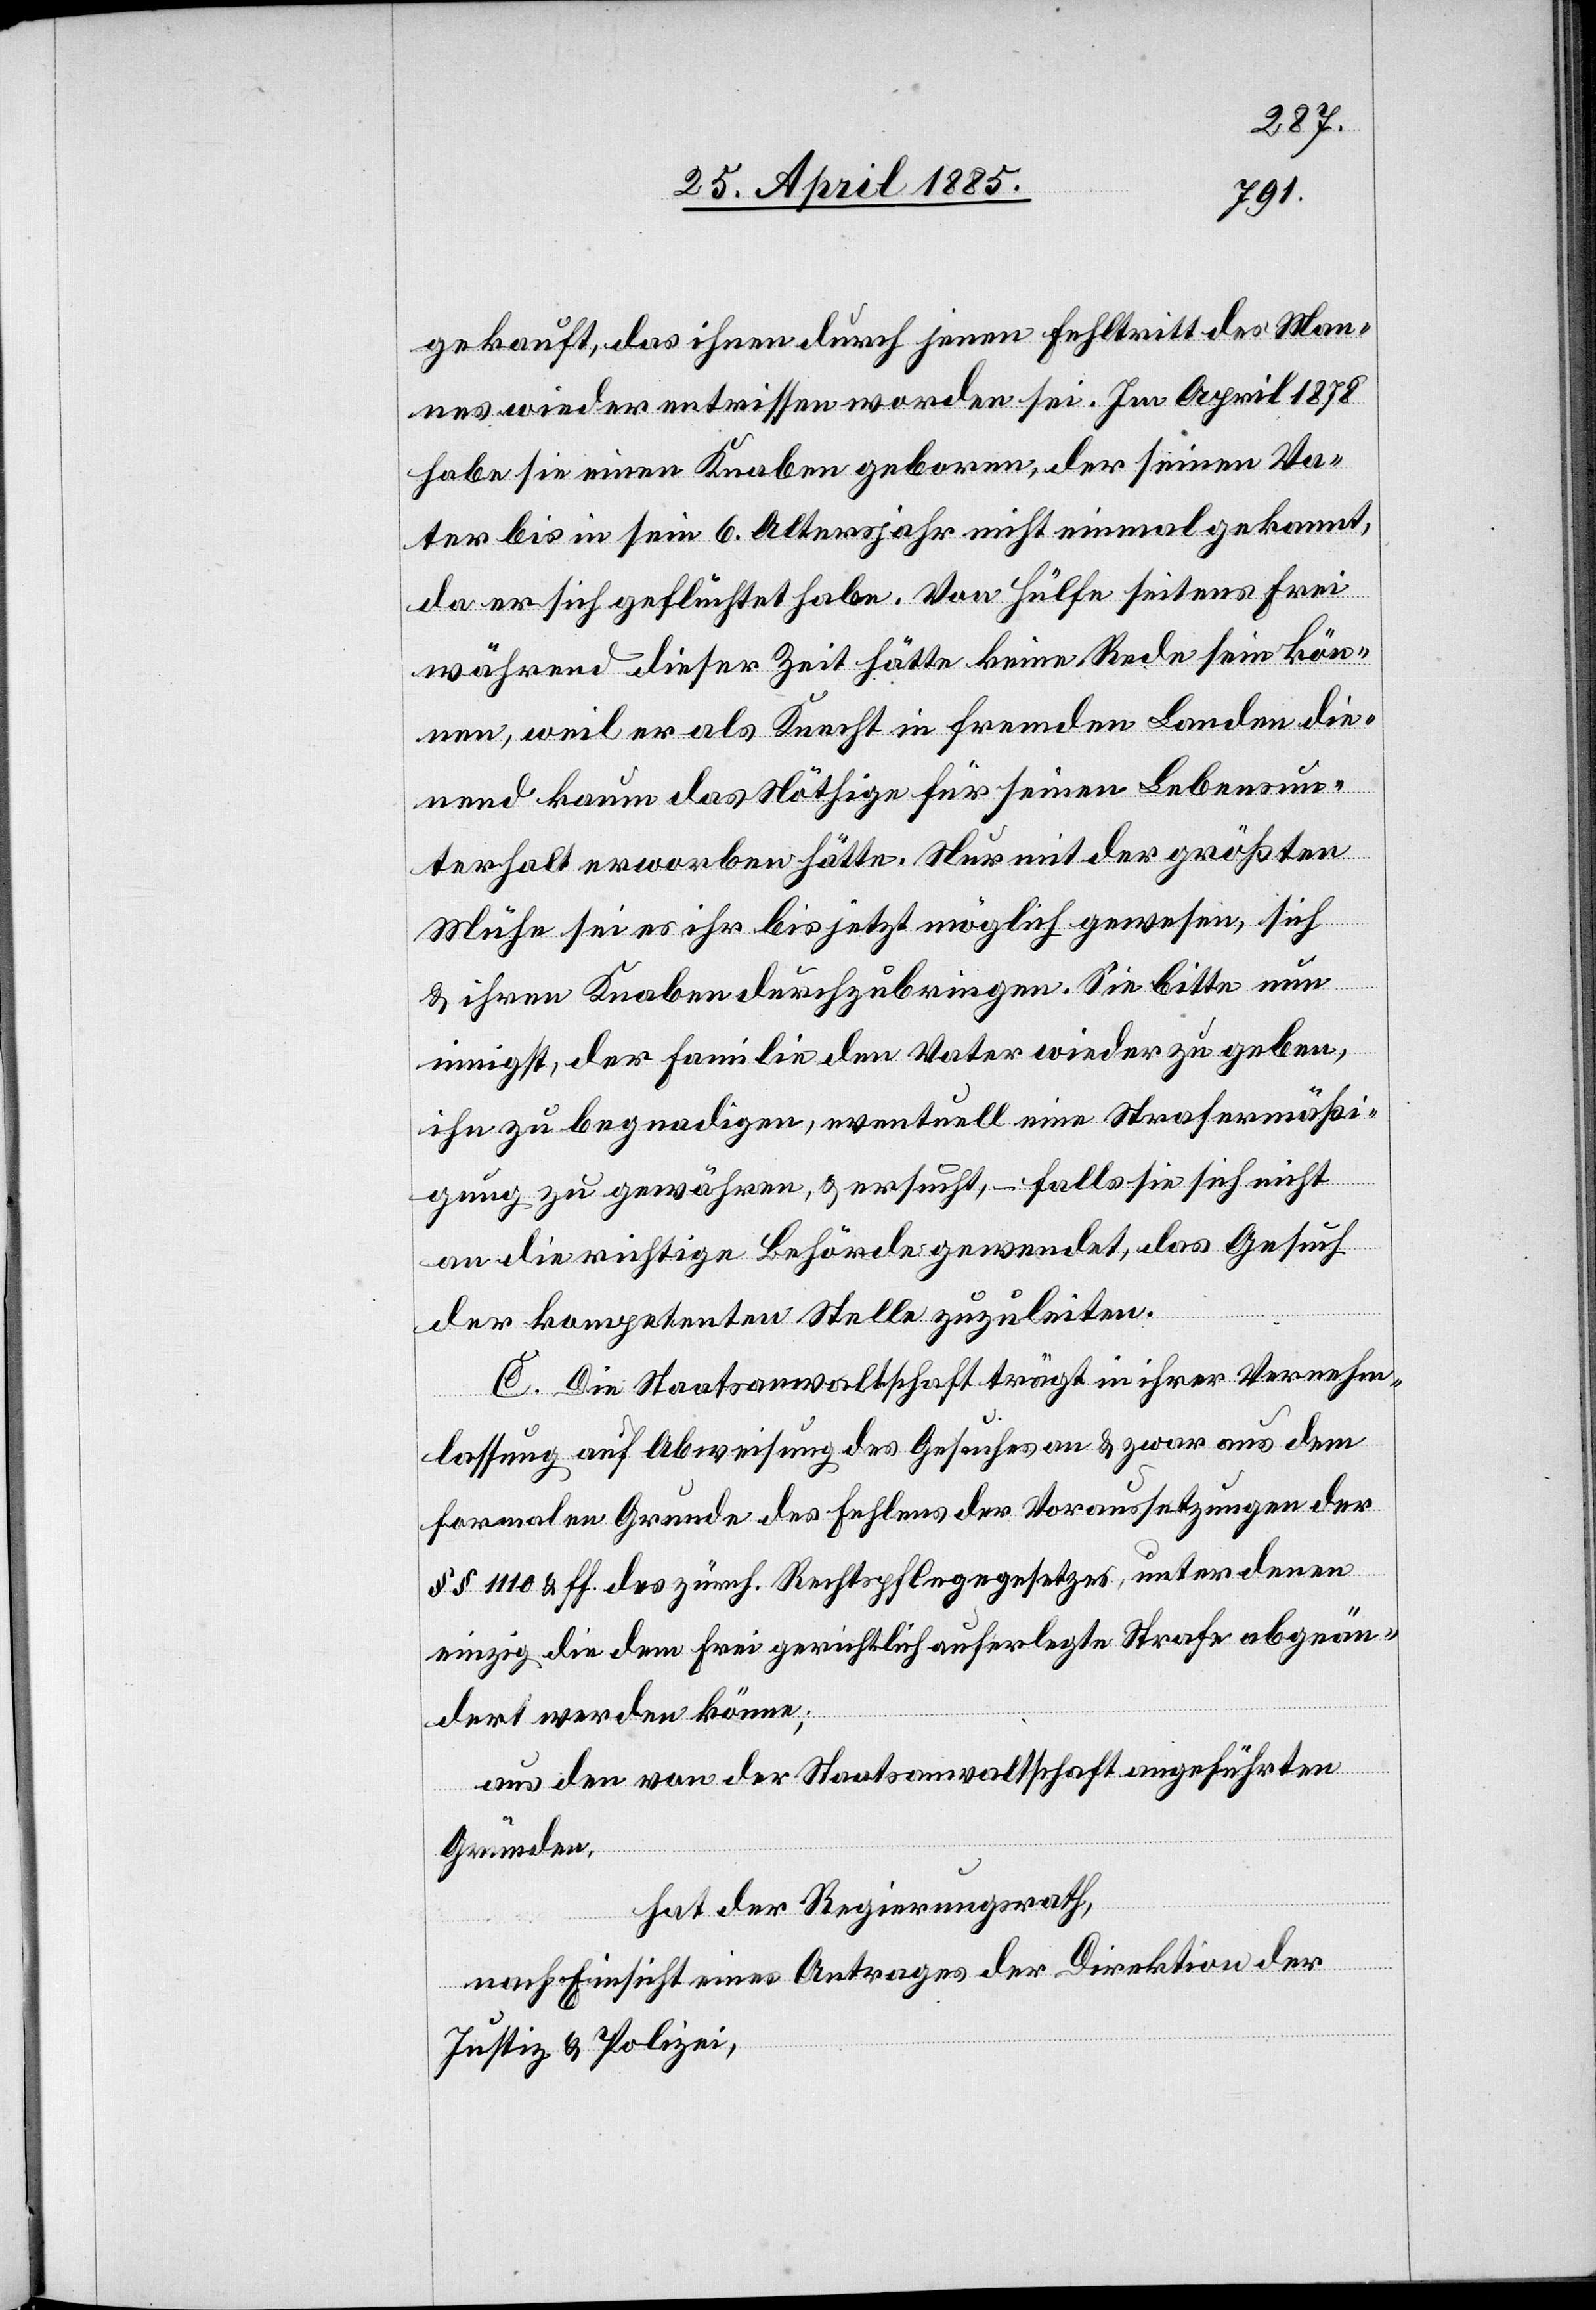
gekauft, das ihnen durch jenen Fehltritt des Man¬
nes wieder entrissen worden sei. Im April 1878
habe sie einen Knaben geboren, der seinen Va¬
ter bis in sein 6. Altersjahr nicht einmal gekannt,
da er sich geflüchtet habe. Von Hülfe seitens Frei
während dieser Zeit hätte keine Rede sein kön¬
nen, weil er als Knecht in fremden Landen die¬
nend kaum das Nöthige für seinen Lebensun¬
terhalt erworben hätte. Nur mit der größten
Mühe sei es ihr bis jetzt möglich gewesen, sich
& ihren Knaben durchzubringen. Sie bitte nun
innigst, der Familie den Vater wieder zu geben,
ihn zu begnadigen, eventuell eine Strafermäßi¬
gung zu gewähren, & ersucht, – falls sie sich nicht
an die richtige Behörde gewendet, das Gesuch
der kompetenten Stelle zuzuleiten.
C. Die Staatsanwaltschaft trägt in ihrer Vernehm¬
lassung auf Abweisung des Gesuches an & zwar aus dem
formalen Grunde des Fehlens der Voraussetzungen der
§§ 1110 & ff. des zürch. Rechtspflegegesetzes, unter denen
einzig die dem Frei gerichtlich auferlegte Strafe abgeän¬
dert werden könne;
aus den von der Staatsanwaltschaft angeführten
Gründen,
hat der Regierungsrath,
nach Einsicht eines Antrages der Direktion der
Justiz & Polizei,